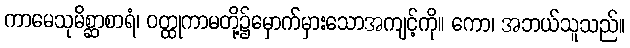
ကာမေသုမိစ္ဆာစာရံ၊ ဝတ္ထုကာမတို့၌မှောက်မှားသောအကျင့်ကို။ ကော၊ အဘယ်သူသည်။